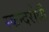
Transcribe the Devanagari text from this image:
स्कन्दरोधी